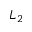
L _ { 2 }